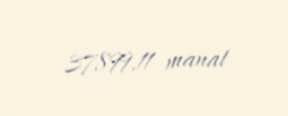
37899,11 manat